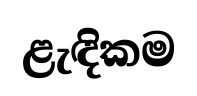
ළැඳිකම